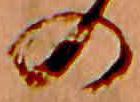
の